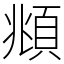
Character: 頫